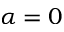
\alpha = 0